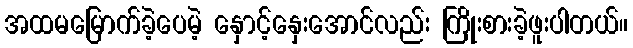
အထမမြောက်ခဲ့ပေမဲ့ နှောင့်နှေးအောင်လည်း ကြိုးစားခဲ့ဖူးပါတယ်။